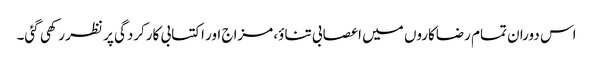
اس دوران تمام رضاکاروں میں اعصابی تناؤ، مزاج اور اکتسابی کارکردگی پر نظر رکھی گئی۔